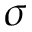
\sigma